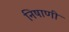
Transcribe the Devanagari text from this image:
निषाणी